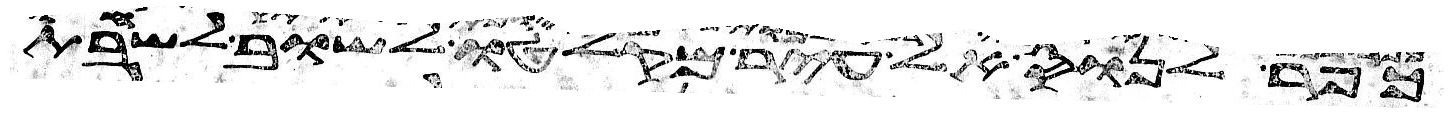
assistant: כפר לנוס אל עיר מקלטו לשוב לשבת